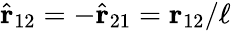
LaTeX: \hat{\mathbf{r}}_{12}=-\hat{\mathbf{r}}_{21}=\mathbf{r}_{12}/\ell